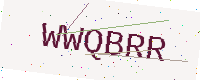
Text: WWQBRR